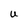
Character: U